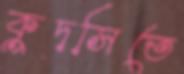
কুদসিতে